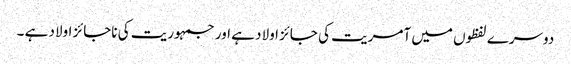
دوسرے لفظوں میں آمریت کی جائز اولاد ہے اور جمہوریت کی ناجائز اولاد ہے ۔